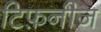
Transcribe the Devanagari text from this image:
टिफ़नीज